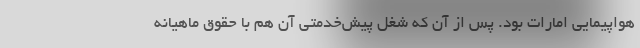
هواپیمایی امارات بود. پس از آن که شغل پیش‌خدمتی آن هم با حقوق ماهیانه